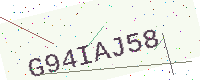
Text: G94IAJ58